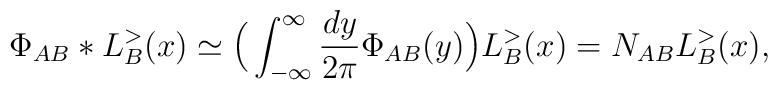
\Phi _{AB}*L_{B}^{>}(x)\simeq  \Big(\int_{-\infty}^{\infty} \frac{d y}{2 \pi} \Phi_{AB}(y)\Big) L_B^{>}(x)= N_{AB} L_B^{>}(x),